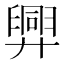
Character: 𢍯